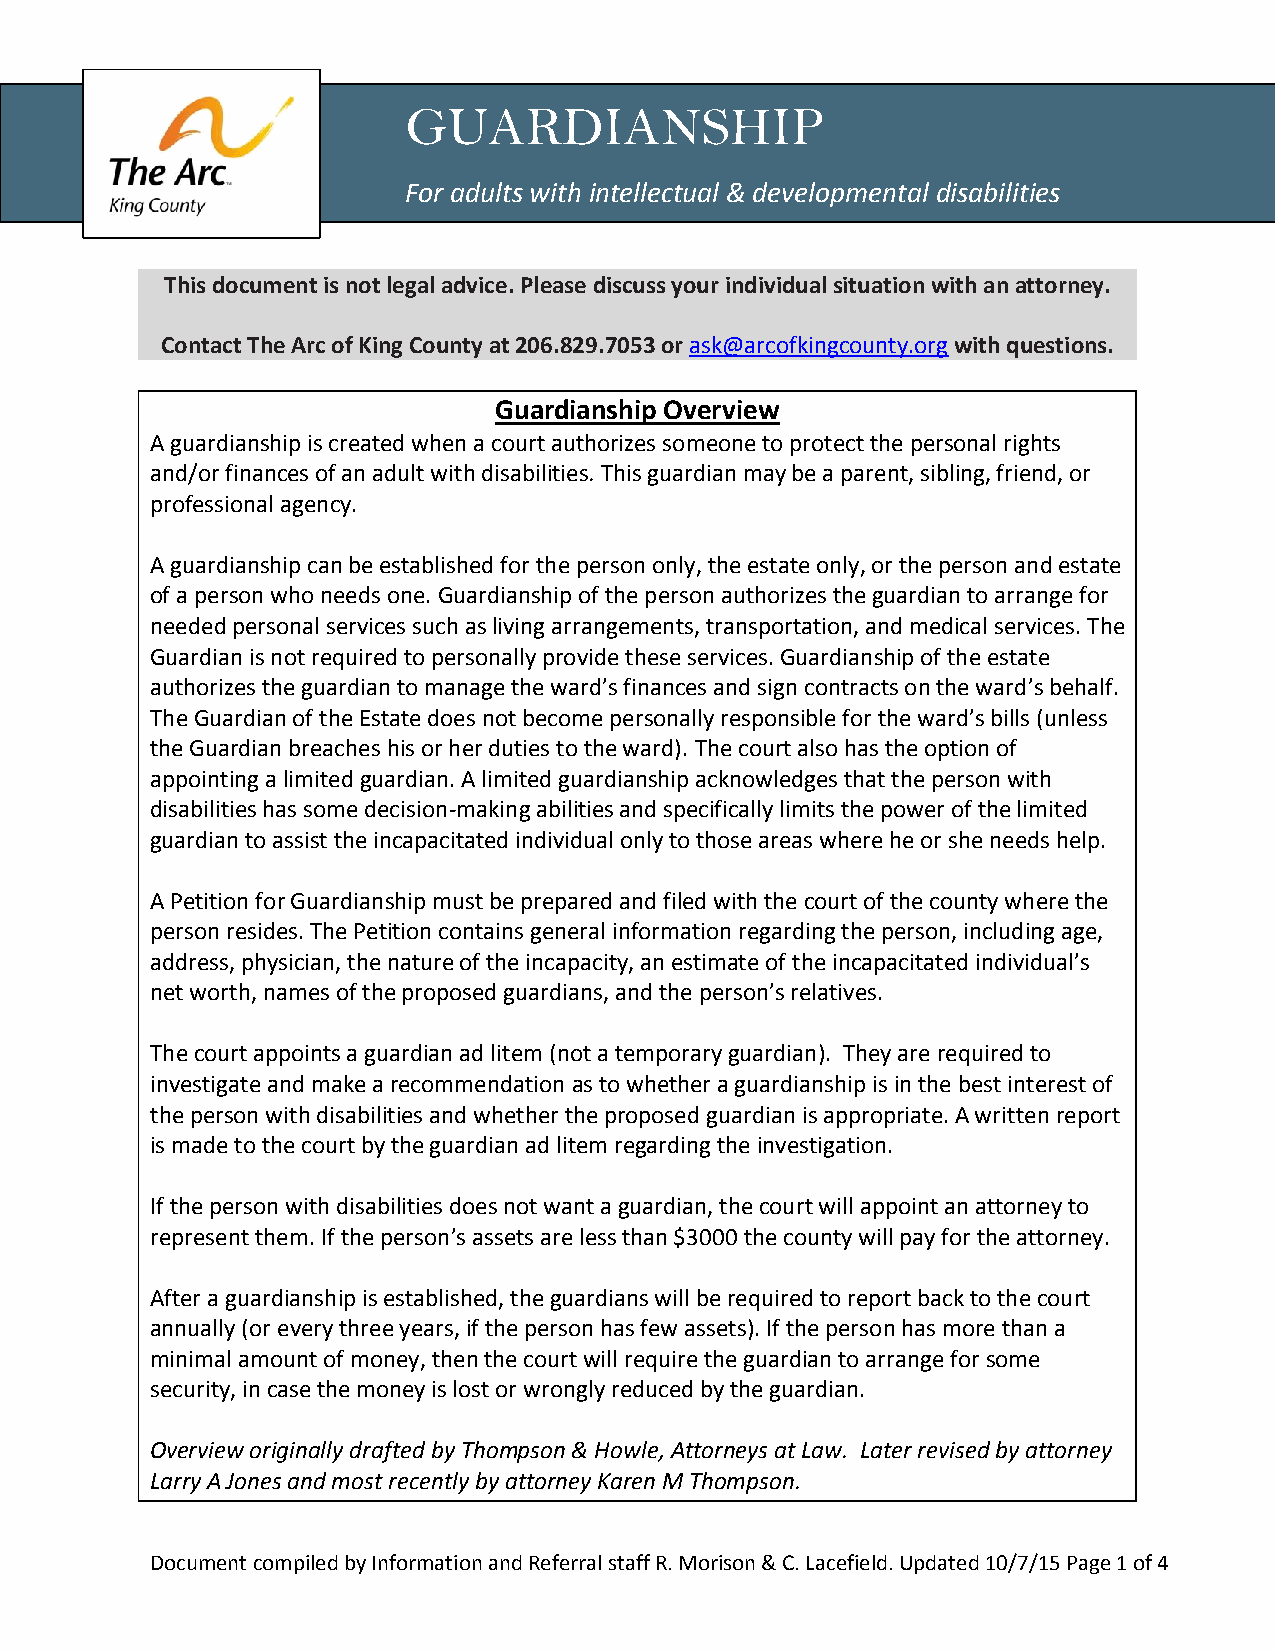
GUARDIANSHIP
 For adults with intellectual & developmental disabilities
 This document is not legal advice. Please discuss your individual situation with an attorney.
 Contact The Arc of King County at 206.829.7053 or ask@arcofkingcounty.org with questions.
 Guardianship Overview
 A guardianship is created when a court authorizes someone to protect the personal rights
 and/or finances of an adult with disabilities. This guardian may be a parent, sibling, friend, or
 professional agency.
 A guardianship can be established for the person only, the estate only, or the person and estate
 of a person who needs one. Guardianship of the person authorizes the guardian to arrange for
 needed personal services such as living arrangements, transportation, and medical services. The
 Guardian is not required to personally provide these services. Guardianship of the estate
 authorizes the guardian to manage the ward’s finances and sign contracts on the ward’s behalf.
 The Guardian of the Estate does not become personally responsible for the ward’s bills (unless
 the Guardian breaches his or her duties to the ward). The court also has the option of
 appointing a limited guardian. A limited guardianship acknowledges that the person with
 disabilities has some decision-making abilities and specifically limits the power of the limited
 guardian to assist the incapacitated individual only to those areas where he or she needs help.
 A Petition for Guardianship must be prepared and filed with the court of the county where the
 person resides. The Petition contains general information regarding the person, including age,
 address, physician, the nature of the incapacity, an estimate of the incapacitated individual’s
 net worth, names of the proposed guardians, and the person’s relatives.
 The court appoints a guardian ad litem (not a temporary guardian). They are required to
 investigate and make a recommendation as to whether a guardianship is in the best interest of
 the person with disabilities and whether the proposed guardian is appropriate. A written report
 is made to the court by the guardian ad litem regarding the investigation.
 If the person with disabilities does not want a guardian, the court will appoint an attorney to
 represent them. If the person’s assets are less than $3000 the county will pay for the attorney.
 After a guardianship is established, the guardians will be required to report back to the court
 annually (or every three years, if the person has few assets). If the person has more than a
 minimal amount of money, then the court will require the guardian to arrange for some
 security, in case the money is lost or wrongly reduced by the guardian.
 Overview originally drafted by Thompson & Howle, Attorneys at Law. Later revised by attorney
 Larry A Jones and most recently by attorney Karen M Thompson.
 Document compiled by Information and Referral staff R. Morison & C. Lacefield. Updated 10/7/15 Page 1 of 4